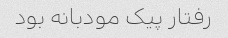
رفتار پیک مودبانه بود